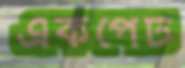
একপেট